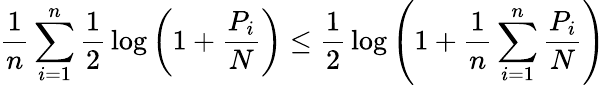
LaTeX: {\frac{1}{n}}\sum_{i=1}^{n}{\frac{1}{2}}\log\left(1+{\frac{P_{i}}{N}}\right)\leq{\frac{1}{2}}\log\left(1+{\frac{1}{n}}\sum_{i=1}^{n}{\frac{P_{i}}{N}}\right)\,